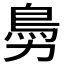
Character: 𩾜